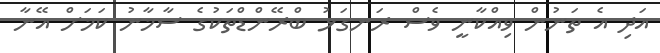
އަދި އެ ތަނުން ވިއްކާނީ ވެސް ރަނގަޅު ބްރޭންޑްތަކުގެ ސާމާނު ކަމަށް އޭނާ